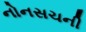
નોનસચની